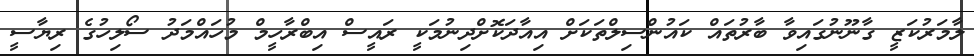
ލާމަރުކަޒީ ގާނޫނުގައިވާ ބާރުތައް ކައުންސިލްތަކަށް އިއާދަކޮށްދިނުމަކީ ރައީސް އިބްރާހީމް މުހައްމަދު ސޯލިހުގެ ރިޔާސީ